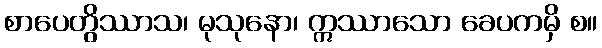
စာပေတွိဿာသ၊ မုသုနော၊ ဣဿာသော ခေပကမှိ စ။